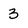
Character: 3